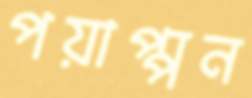
পয়াপ্পন